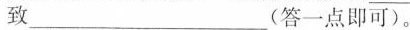
致\underline (答一点即可)。